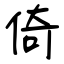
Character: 倚